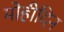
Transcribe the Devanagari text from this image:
मोहीदिन